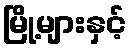
မြို့များနှင့်